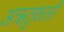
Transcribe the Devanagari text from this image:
अऋतुकाली